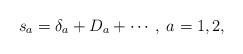
LaTeX: \begin{align*}s_{a}=\delta _{a}+D_{a}+\cdots ,\;a=1,2, \end{align*}